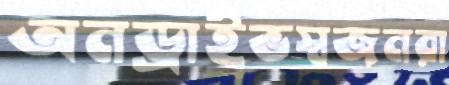
অনড্রাইভস্বজনরা